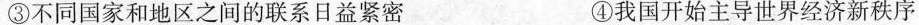
③不同国家和地区之间的联系日益紧密 ④我国开始主导世界经济新秩序